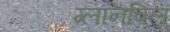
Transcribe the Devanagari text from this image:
ग्लानबिल